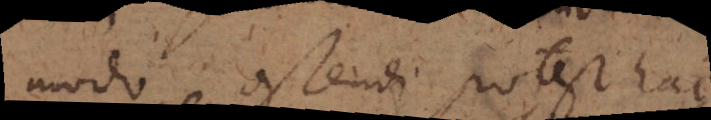
modo ostendi potest hac